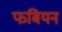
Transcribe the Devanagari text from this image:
फबियन